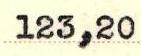
123,20